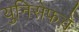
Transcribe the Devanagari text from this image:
युनिसेफचे